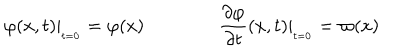
LaTeX: \varphi ( x , t ) | _ { _ { t = 0 } } = \varphi ( x ) \qquad \qquad \frac { \partial \varphi } { \partial t } ( x , t ) | _ { _ { t = 0 } } = \varpi ( x )